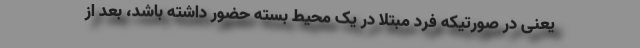
یعنی در صورتیکه فرد مبتلا در یک محیط بسته حضور داشته باشد، بعد از